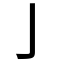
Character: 亅